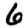
Digit: 6